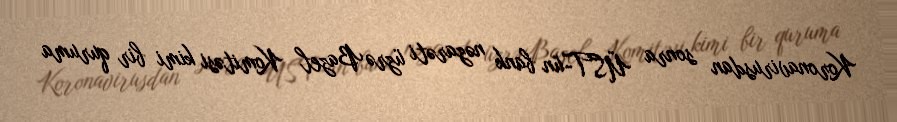
Koronavirusdan sonra ÜST-ün bank nəzarəti üzrə Bazel Komitəsi kimi bir quruma